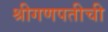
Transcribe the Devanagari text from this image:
श्रीगणपतीची